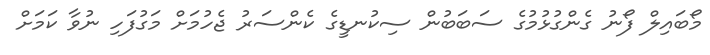
މޯބައިލް ފޯނު ގެންގުޅުމުގެ ސަބަބުން ސިކުނޑީގެ ކެންސަރު ޖެހުމަށް މަގުފަހި ނުވާ ކަމަށް